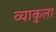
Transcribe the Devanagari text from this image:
व्याकुला